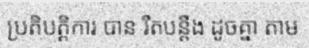
ប្រតិបត្តិការ បាន រឹតបន្តឹង ដូចគ្នា តាម